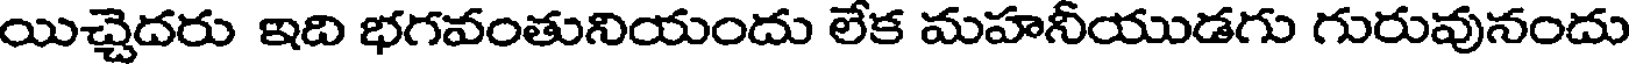
యిచ్చెదరు ఇది భగవంతునియందు లేక మహనీయుడగు గురువునందు